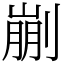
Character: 剻